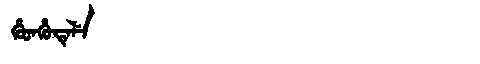
Manchu: ᡥᡠᡨᡥᡠᡨᡝᠯᡝ
Romanization: HUTHUTELE